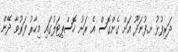
ދަރިފުޅު ށ.ފުނަދޫ އަށް ގެންގޮސް އެ ރަށު ހޮސްޕިޓަލުގައި މިހާރު ފަރުވާ ދޭން